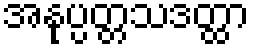
အနုပ္ပတ္တသဒတ္ထာ